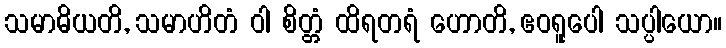
သမာဓိယတိ, သမာဟိတံ ဝါ စိတ္တံ ထိရတရံ ဟောတိ, ဧဝရူပေါ သပ္ပါယော။